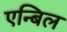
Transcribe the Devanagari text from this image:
एन्बिल